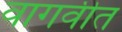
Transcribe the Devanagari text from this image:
वागवीत